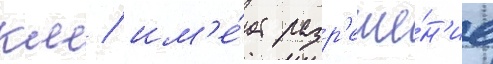
км / им'е́ет разр'еше́н'ие